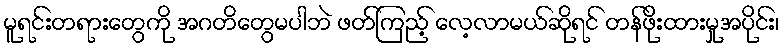
မူရင်းတရားတွေကို အဂတိတွေမပါဘဲ ဖတ်ကြည့် လေ့လာမယ်ဆိုရင် တန်ဖိုးထားမှုအပိုင်း၊